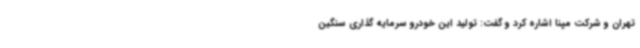
تهران و شرکت مپنا اشاره کرد و گفت: تولید این خودرو سرمایه گذاری سنگین